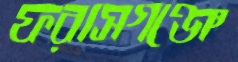
ফরাসগঞ্জে